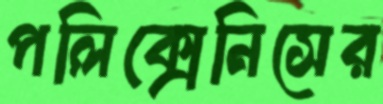
পলিক্সেনিসের